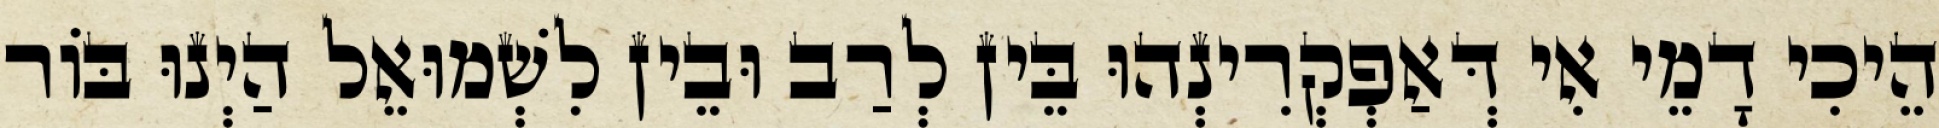
הֵיכִי דָמֵי אִי דְּאַפְקְרִינְהוּ בֵּין לְרַב וּבֵין לִשְׁמוּאֵל הַיְנוּ בּוֹר